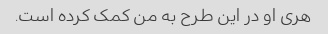
هری او در این طرح به من کمک کرده است.